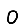
Digit: 0